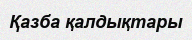
Қазба қалдықтары